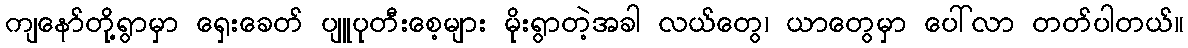
ကျနော်တို့ရွာမှာ ရှေးခေတ် ပျူပုတီးစေ့များ မိုးရွာတဲ့အခါ လယ်တွေ၊ ယာတွေမှာ ပေါ်လာ တတ်ပါတယ်။